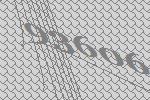
93606